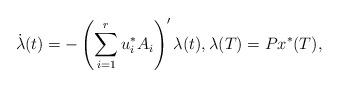
LaTeX: \begin{align*}\dot{\lambda}(t)=-\left(\sum_{i=1}^r{u_i^*A_i}\right)' \lambda(t),\lambda(T)= P x^*(T),\end{align*}